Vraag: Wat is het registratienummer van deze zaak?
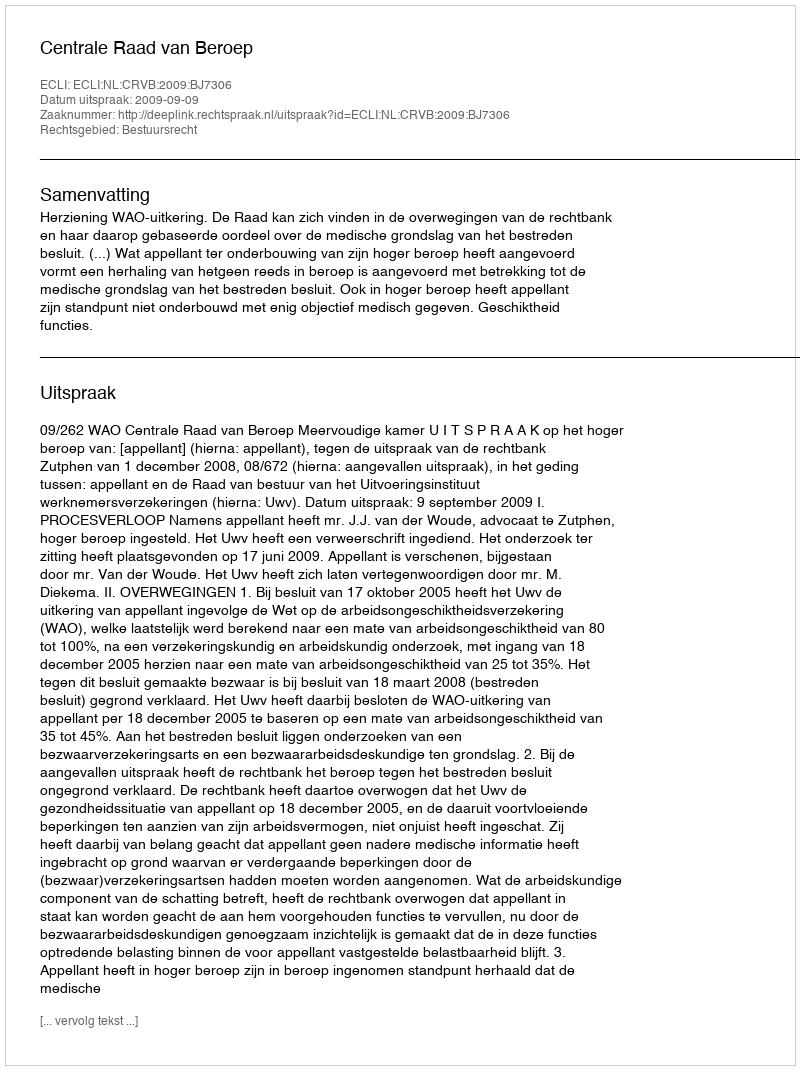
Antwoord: http://deeplink.rechtspraak.nl/uitspraak?id=ECLI:NL:CRVB:2009:BJ7306